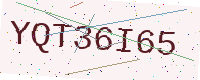
Text: YQT36I65